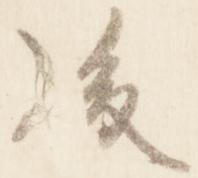
後